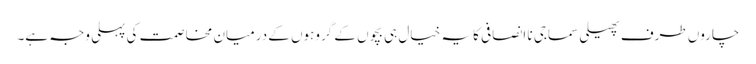
چاروں طرف پھیلی سماجی نا انصافی کا یہ خیال ہی بچوں کے گروہوں کے درمیان مخاصمت کی پہلی وجہ ہے۔